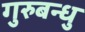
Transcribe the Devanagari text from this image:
गुरुबन्‍धु